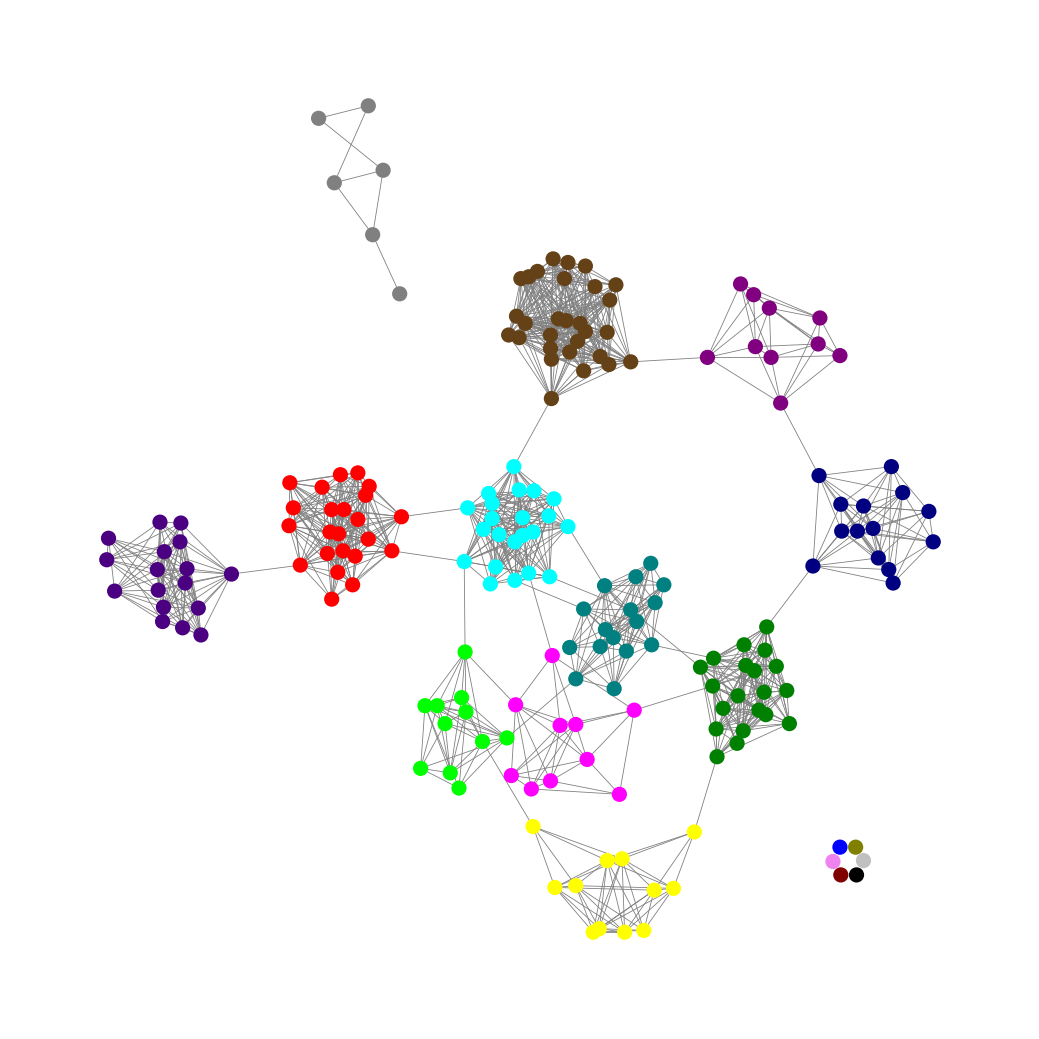
Graph connected: No
Number of connected components: 8
Number of singletons: 6
Total number of nodes: 196
Total number of edges: 1173
Number of communities: 18
Community sizes:
Aqua: 22
Black: 1
Blue: 1
Fuchsia: 10
Gray: 6
Green: 20
Indigo: 17
Lime: 11
Maroon: 1
Navy: 14
Olive: 1
Pullman Brown: 29
Purple: 10
Red: 23
Silver: 1
Teal: 16
Violet: 1
Yellow: 12
Graph layout: tda
Graph generation method: erdos_renyi